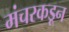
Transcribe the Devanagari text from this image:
मंचरकडून